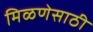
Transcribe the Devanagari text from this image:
मिळणेसाठी